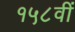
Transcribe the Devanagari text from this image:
१५८वीं